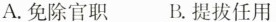
A.免除官职 B.提拔任用